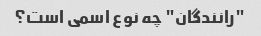
"رانندگان" چه نوع اسمی است؟